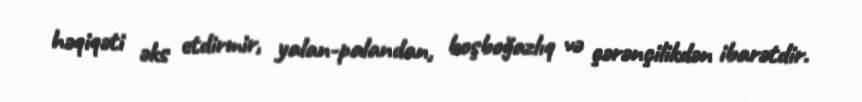
həqiqəti əks etdirmir, yalan-palandan, boşboğazlıq və çərənçilikdən ibarətdir.